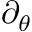
\partial _ { \theta }